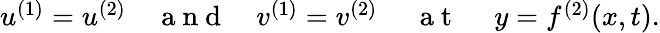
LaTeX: \begin{array}{r}{u^{(1)}=u^{(2)}~~~~\mathrm{~a~n~d~}~~~~v^{(1)}=v^{(2)}~~~~~\mathrm{~a~t~}~~~~~y=f^{(2)}(x,t).}\end{array}